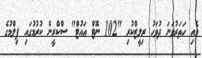
މެއި ހަތަރުވަނަ ދުވަހު ރިލީޒްކުރި "102 ނޮޓް އައުޓް" ސްކްރީން ކުރުމުގައި ފިލްމުގެ